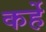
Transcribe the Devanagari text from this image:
कर्हे